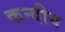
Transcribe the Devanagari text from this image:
कन्दीय